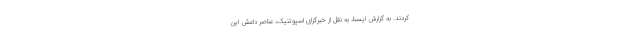
کردند. به گزارش ایسنا، به نقل از خبرگزای اسپوتنیک، عناصر داعش این